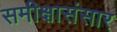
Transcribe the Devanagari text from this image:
समीक्षासंसार